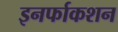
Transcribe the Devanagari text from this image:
इनर्फाकशन